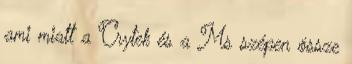
ami miatt a Crytek és a Ms szépen össze